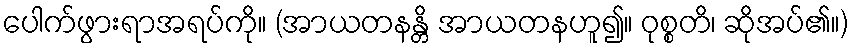
ပေါက်ဖွားရာအရပ်ကို။ (အာယတနန္တိ အာယတနဟူ၍။ ဝုစ္စတိ၊ ဆိုအပ်၏။)